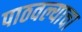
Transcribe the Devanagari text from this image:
पाठवल्याचा